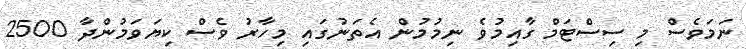
ނަމަވެސް މި ސިސްޓަމް ގާއިމުވެ ނިމުމުން އެތަނުގައި މިހާރު ވެސް ކިޔަވަމުންދާ 2500